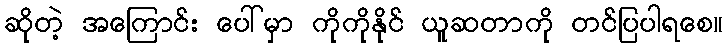
ဆိုတဲ့ အကြောင်း ပေါ်မှာ ကိုကိုနိုင် ယူဆတာကို တင်ပြပါရစေ။